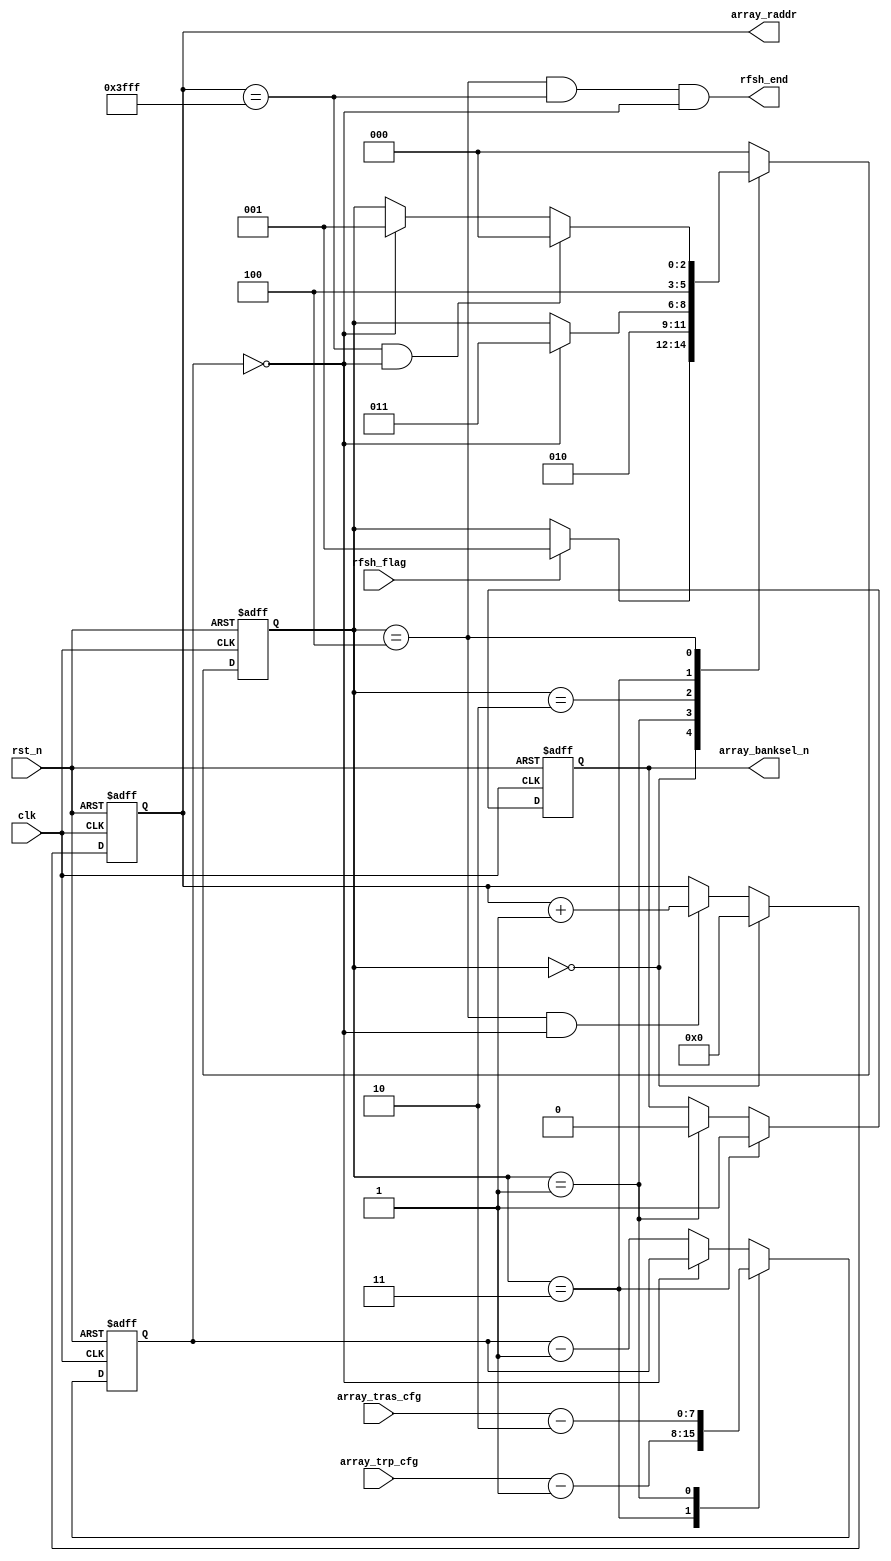
module array_rfsh #(
    parameter ADDR_ROW_WIDTH = 14,
    parameter MAX_ROW_ADDR   = 14'h3fff
) (
    input                           clk               ,
    input                           rst_n             ,
    input                           rfsh_flag         ,
    output                          rfsh_end          ,
    input      [7:0]                array_tras_cfg    ,
    input      [7:0]                array_trp_cfg     ,
    output reg                      array_banksel_n   ,
    output reg [ADDR_ROW_WIDTH-1:0] array_raddr
);
    
    parameter   IDLE          = 3'd0,
                RFSH_SRADDR   = 3'd1,
                RFSH_RAS      = 3'd2,
                RFSH_RAS_LAST = 3'd3,
                RFSH_RP       = 3'd4;

    reg [2:0] state_c;
    reg [2:0] state_n;

    reg [7:0] fsm_cnt;

    always @(posedge clk or negedge rst_n) begin
        if(!rst_n)
            state_c <= IDLE;
        else
            state_c <= state_n;         
    end

    always @(*) begin
        case (state_c)
            IDLE         :begin
                if(rfsh_flag)
                    state_n = RFSH_SRADDR;
                else
                    state_n = state_c;
            end       
            RFSH_SRADDR  :begin
                state_n = RFSH_RAS;
            end
            RFSH_RAS     :begin
                if(fsm_cnt==8'd0)
                    state_n = RFSH_RAS_LAST;
                else
                    state_n = state_c;
            end
            RFSH_RAS_LAST:begin
                state_n = RFSH_RP;
            end
            RFSH_RP      :begin
                if(array_raddr==MAX_ROW_ADDR && fsm_cnt==8'd0)
                    state_n = IDLE;
                else if(fsm_cnt==8'd0)
                    state_n = RFSH_SRADDR;
                else
                    state_n = state_c;
            end
            default: state_n = IDLE;
        endcase
    end

    always @(posedge clk or negedge rst_n) begin
        if(!rst_n)
            array_raddr <= {ADDR_ROW_WIDTH{1'b0}};
        else if(state_c==IDLE)
            array_raddr <= {ADDR_ROW_WIDTH{1'b0}};
        else if(state_c==RFSH_RP && fsm_cnt==8'd0)
            array_raddr <= array_raddr + 1'd1;
    end

    always @(posedge clk or negedge rst_n) begin
        if(!rst_n)
            array_banksel_n <= 1'b1;
        else if(state_c==RFSH_RAS_LAST)
            array_banksel_n <= 1'b1;
        else if(state_c==RFSH_SRADDR)
            array_banksel_n <= 1'b0;       
    end

    always @(posedge clk or negedge rst_n) begin
        if(!rst_n)
            fsm_cnt <= 8'd0;
        else begin
            case(state_c)
            RFSH_RAS_LAST : fsm_cnt <=  array_trp_cfg - 1'd1;
            RFSH_SRADDR   : fsm_cnt <=  array_tras_cfg - 2'd2;
            default       : fsm_cnt <=  fsm_cnt==8'd0 ? fsm_cnt : fsm_cnt - 1'b1;
            endcase
        end
    end
                
    assign rfsh_end = state_c==RFSH_RP && array_raddr==MAX_ROW_ADDR && fsm_cnt==8'd0;

endmodule